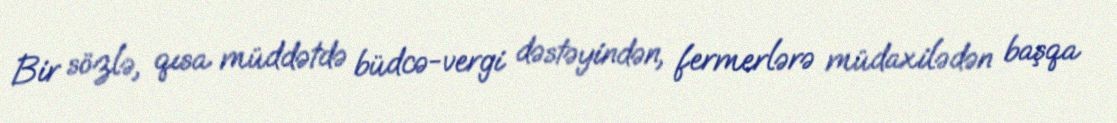
Bir sözlə, qısa müddətdə büdcə-vergi dəstəyindən, fermerlərə müdaxilədən başqa